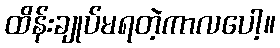
ထိန်းချုပ်မရတဲ့ကာလပေါ့။